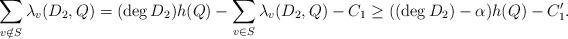
LaTeX: \begin{align*}\sum_{v\notin S} \lambda_v(D_2, Q) = (\deg D_2) h(Q) - \sum_{v\in S} \lambda_v(D_2,Q) - C_1 \ge ((\deg D_2) - \alpha)h(Q) - C_1'.\end{align*}